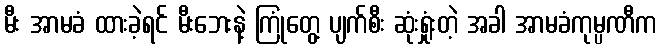
မီး အာမခံ ထားခဲ့ရင် မီးဘေးနဲ့ ကြုံတွေ့ ပျက်စီး ဆုံးရှုံးတဲ့ အခါ အာမခံကုမ္ပဏီက